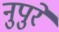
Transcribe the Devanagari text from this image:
नुपुरे